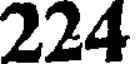
224